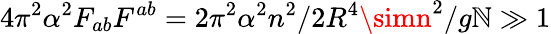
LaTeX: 4\pi^{2}\alpha^{2}F_{ab}F^{ab}=2\pi^{2}\alpha^{2}n^{2}/2R^{4}\simn^{2}/g\mathbb{N}\gg1